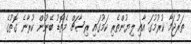
ތަރުޖަމާ ކުރުމުގަ އާއި ލިޔުންތެރި ކަމުގައި ރިސާޗް މެތޮޑު ބޭނުން ކުރާނެ ގޮތުގެ